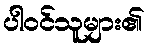
ပါဝင်သူများ၏